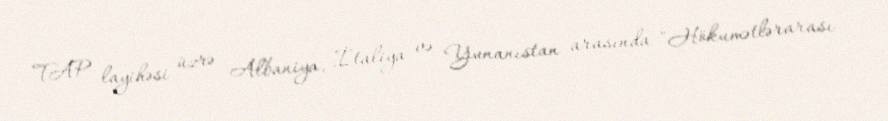
TAP layihəsi üzrə Albaniya, İtaliya və Yunanıstan arasında "Hökumətlərarası